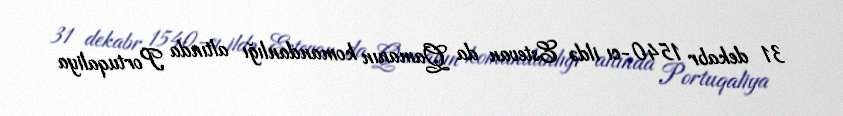
31 dekabr 1540-cı ildə Estevan da Qamanın komandanlığı altında Portuqaliya